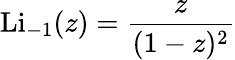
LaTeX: \operatorname{Li}_{-1}(z)={\frac{z}{(1-z)^{2}}}